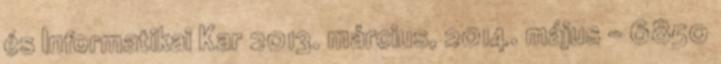
és Informatikai Kar 2013. március, 2014. május - 6850